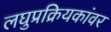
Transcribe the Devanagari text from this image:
लघुप्रक्रियकांवर